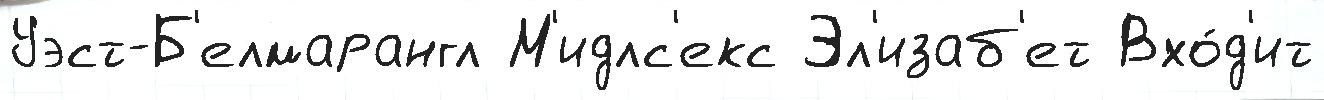
Уэст-Б'елмарангл М'идлс'екс Эл'изаб'ет Вхо́д'ит